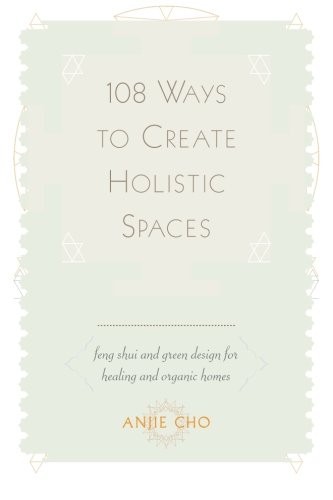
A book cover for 108 Ways to Create Holistic Spaces: Feng Shui and Green Design for Healing and Organic Homes; Anjie Cho; Arts & Photography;